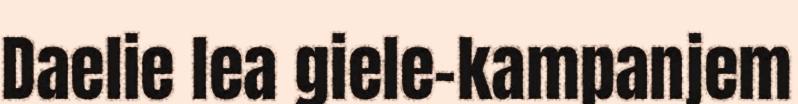
Daelie lea giele-kampanjem